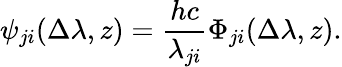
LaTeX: \psi_{ji}(\Delta\lambda,z)=\frac{hc}{\lambda_{ji}}\Phi_{ji}(\Delta\lambda,z).